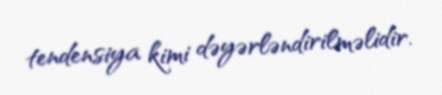
tendensiya kimi dəyərləndirilməlidir.